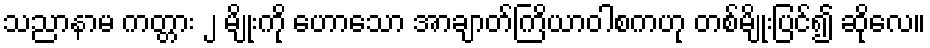
သညာနာမ ကတ္တား ၂ မျိုးကို ဟောသော အာချာတ်ကြိယာဝါစကဟု တစ်မျိုးပြင်၍ ဆိုလေ။